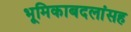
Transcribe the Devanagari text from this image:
भूमिकाबदलांसह